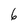
Character: 6